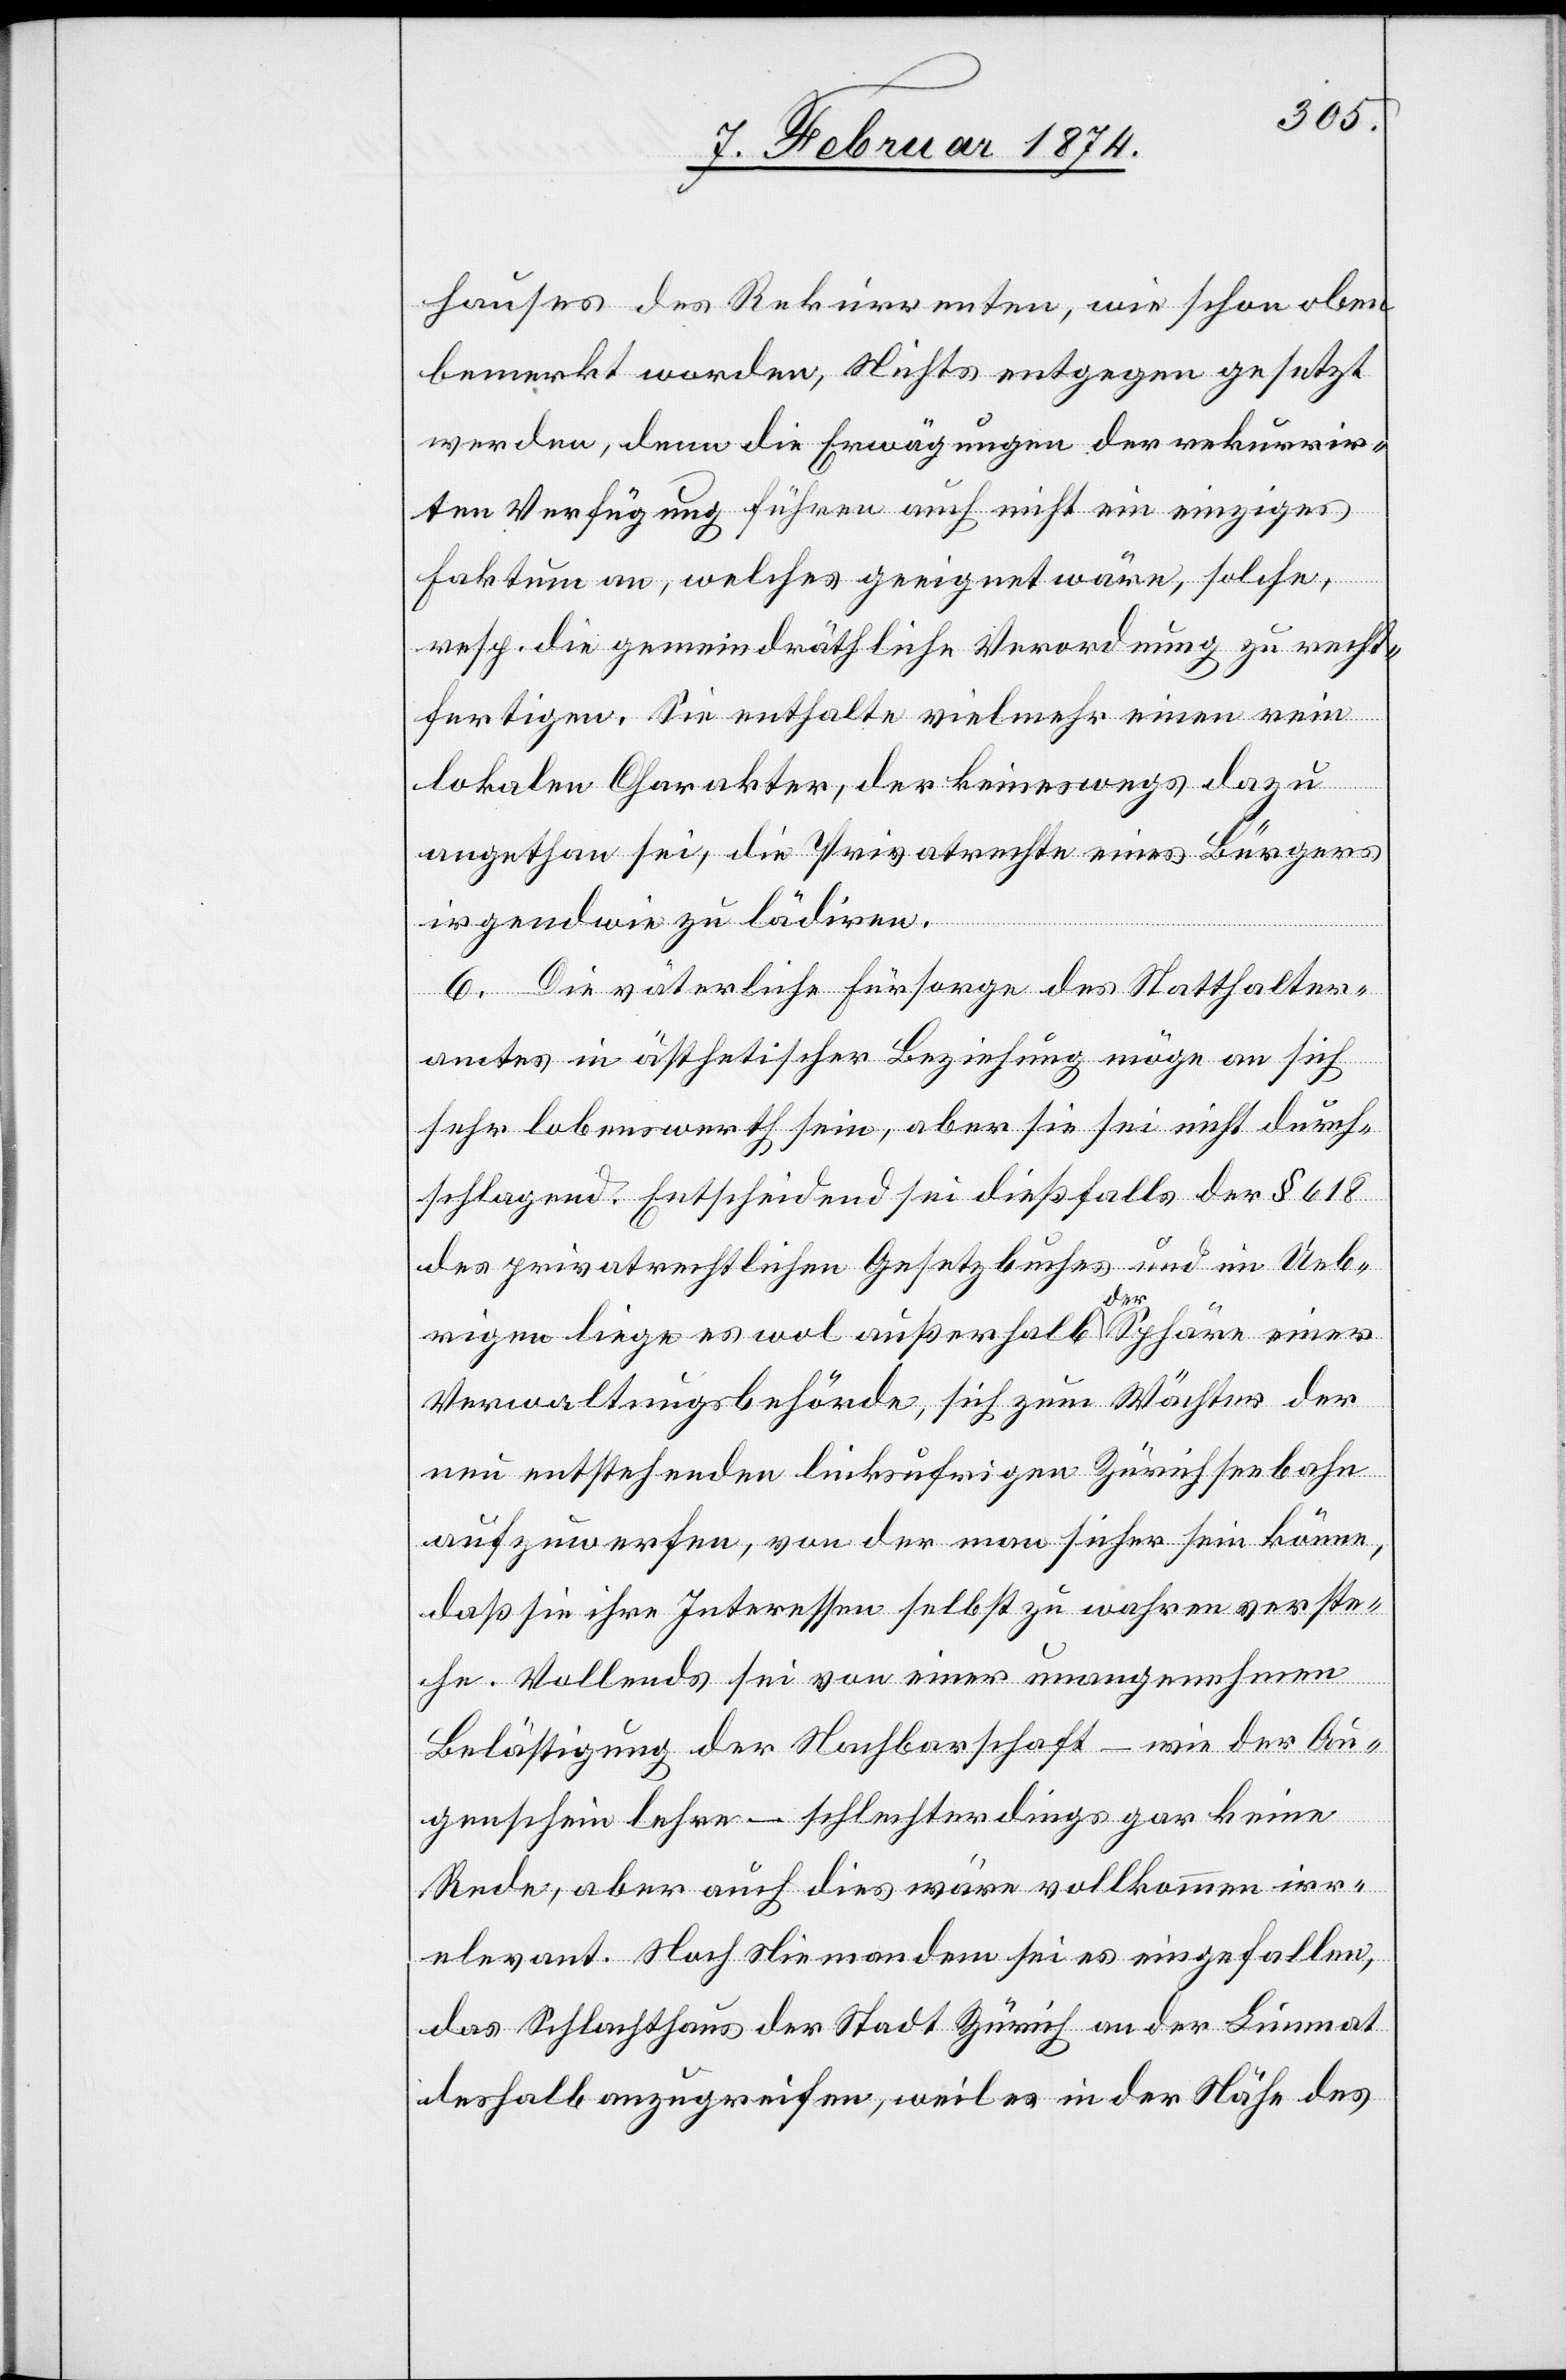
hauses des Rekurrenten, wie schon oben
bemerkt worden, Nichts entgegen gesetzt
werden, denn die Erwägungen der rekurrir¬
ten Verfügung führen auch nicht ein einziges
Faktum an, welches geeignet wäre, solche,
resp. die gemeindräthliche Verordnung zu recht¬
fertigen. Sie enthalte vielmehr einen rein
lokalen Charakter, der keineswegs dazu
angethan sei, die Privatrechte eines Bürgers
irgendwie zu lädiren.
6. Die väterliche Fürsorge des Statthalter¬
amtes in ästhetischer Beziehung möge an sich
sehr lobenswerth sein, aber sie sei nicht durch¬
schlagend. Entscheidend sei dießfalls der § 618
des privatrechtlichen Gesetzbuches und im Ueb¬
rigen liege es wol außerhalb der Sphäre einer
Verwaltungsbehörde, sich zum Wächter der
neu entstehenden linksufrigen Zürichseebahn
aufzuwerfen, von der man sicher sein könne,
daß sie ihre Interessen selbst zu wehren verste¬
he. Vollends sei von einer unangenehmen
Belästigung der Nachbarschaft – wie der Au¬
genschein lehre – schlechterdings gar keine
Rede, aber auch dies wäre vollkommen irr¬
elevant. Noch Niemandem sei es eingefallen,
das Schlachthaus der Stadt Zürich an der Limmat
deshalb anzugreifen, weil es in der Nähe des